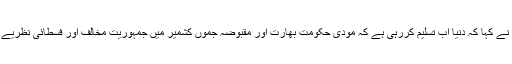
وزیراعظم عمران خان نے کہا کہ دنیا اب تسلیم کررہی ہے کہ مودی حکومت بھارت اور مقبوضہ جموں کشمیر میں جمہوریت مخالف اور فسطائی نظریے کو مسلط کر رہی ہے۔